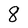
Character: 8